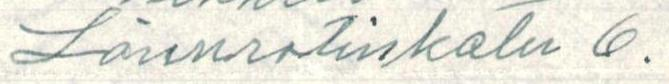
Lönnrotinkatu 6